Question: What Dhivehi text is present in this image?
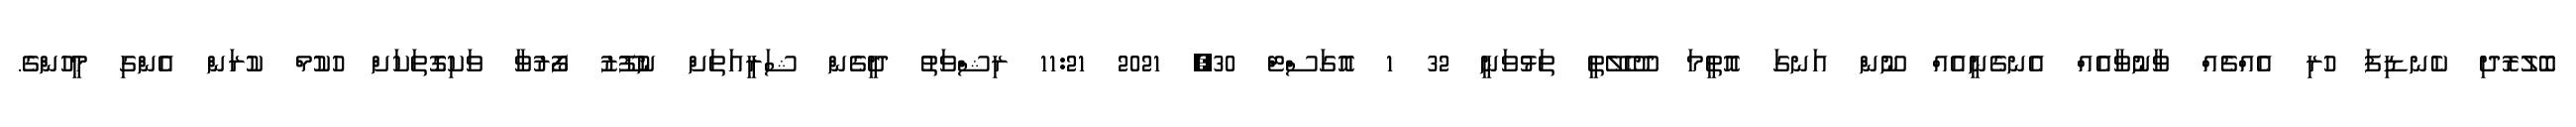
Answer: ބޮލުރޮދި ކެނޑިފަ ހުރި އެއްޗެއް ވާނުވާއެއް އެނގެނީއެއް ނޫން އަނގަ އޮތީމަ ދޫހެލޭތީ ތަޅުވަނީ 32 1 އޮގަސްޓް 30, 2021 11:21 ރިޝްވަތު ދީގެން ޝަރީއަތަށް ނުފޫޒު ފޯރުވާ ވަކިގޮތަކަށް ހުކުމް ކުރަން އެންގި މީހުންގެ.